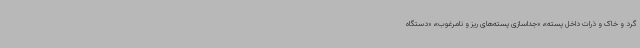
گرد و خاک و ذرات داخل پسته»، «جداسازی پسته‌های ریز و نامرغوب»، «دستگاه